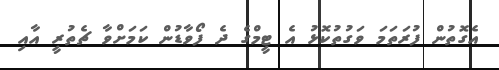
އެގޮތުން ފުރަތަމަ ވަގުތުކޮޅު އެ ޓީމްގެ ދެ ފޯވާޑުން ކަމަށްވާ ޗެތުރީ އާއި